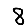
Digit: 8